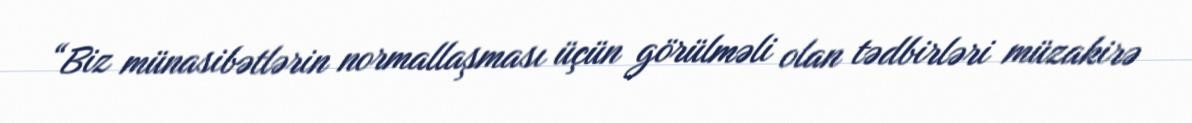
“Biz münasibətlərin normallaşması üçün görülməli olan tədbirləri müzakirə